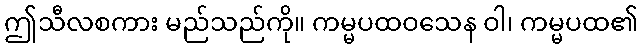
ဤသီလစကား မည်သည်ကို။ ကမ္မပထဝသေန ဝါ၊ ကမ္မပထ၏